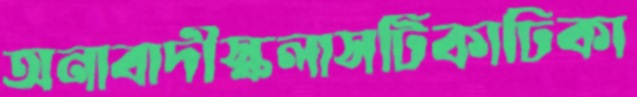
অনাবাদীস্কলাসটিকাঢিকা